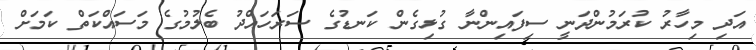
އަދި މިހާރު ކުރަމުންދަނީ ސިފައިންނާ ގުޅިގެން ކަނޑުގެ ސަރަހައްދު ބެލުމުގެ މަސައްކަތް ކަމަށް